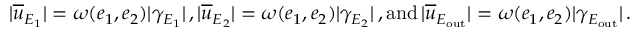
| \overline { { u } } _ { E _ { 1 } } | = \omega ( e _ { 1 } , e _ { 2 } ) | \gamma _ { E _ { 1 } } | \, , | \overline { { u } } _ { E _ { 2 } } | = \omega ( e _ { 1 } , e _ { 2 } ) | \gamma _ { E _ { 2 } } | \, , \mathrm { a n d } \, | \overline { { u } } _ { E _ { \mathrm { o u t } } } | = \omega ( e _ { 1 } , e _ { 2 } ) | \gamma _ { E _ { \mathrm { o u t } } } | \, .